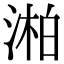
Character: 湐